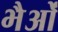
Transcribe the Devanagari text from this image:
भैओं